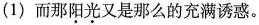
(1)而那\underset{·}{阳}\underset{·}{光}又是那么的充满诱惑。